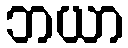
ဘယာ